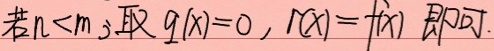
若\(n<m\)，取\(q(x)=0\)，\(r(x)=f(x)\)即可.